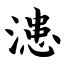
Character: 漶